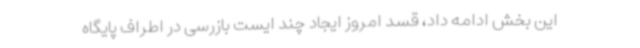
این بخش ادامه داد، قسد امروز ایجاد چند ایست بازرسی در اطراف پایگاه